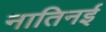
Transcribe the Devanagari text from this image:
नातिनई